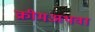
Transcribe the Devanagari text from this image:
क्रीमअथवा